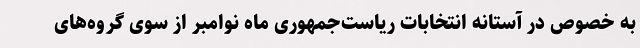
به خصوص در آستانه انتخابات ریاست‌جمهوری ماه نوامبر از سوی گروه‌های